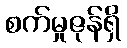
စက်မှုဇုန်ရှိ